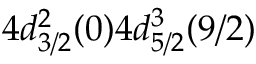
4 d _ { 3 / 2 } ^ { 2 } ( 0 ) 4 d _ { 5 / 2 } ^ { 3 } ( 9 / 2 )